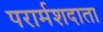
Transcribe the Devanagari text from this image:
परार्मशदाता